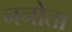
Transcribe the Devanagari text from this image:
ननोता